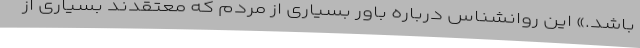
باشد.» این روانشناس درباره باور بسیاری از مردم که معتقدند بسیاری از